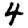
Digit: 4